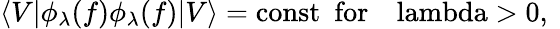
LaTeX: \langle V|\phi_{\lambda}(f)\phi_{\lambda}(f)|V\rangle=\mathrm{const\ \ for\ \ ~\ lambda>0,~}